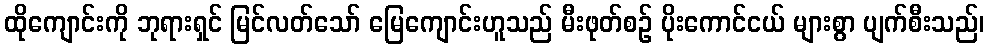
ထိုကျောင်းကို ဘုရားရှင် မြင်လတ်သော် မြေကျောင်းဟူသည် မီးဖုတ်စဉ် ပိုးကောင်ငယ် များစွာ ပျက်စီးသည်၊